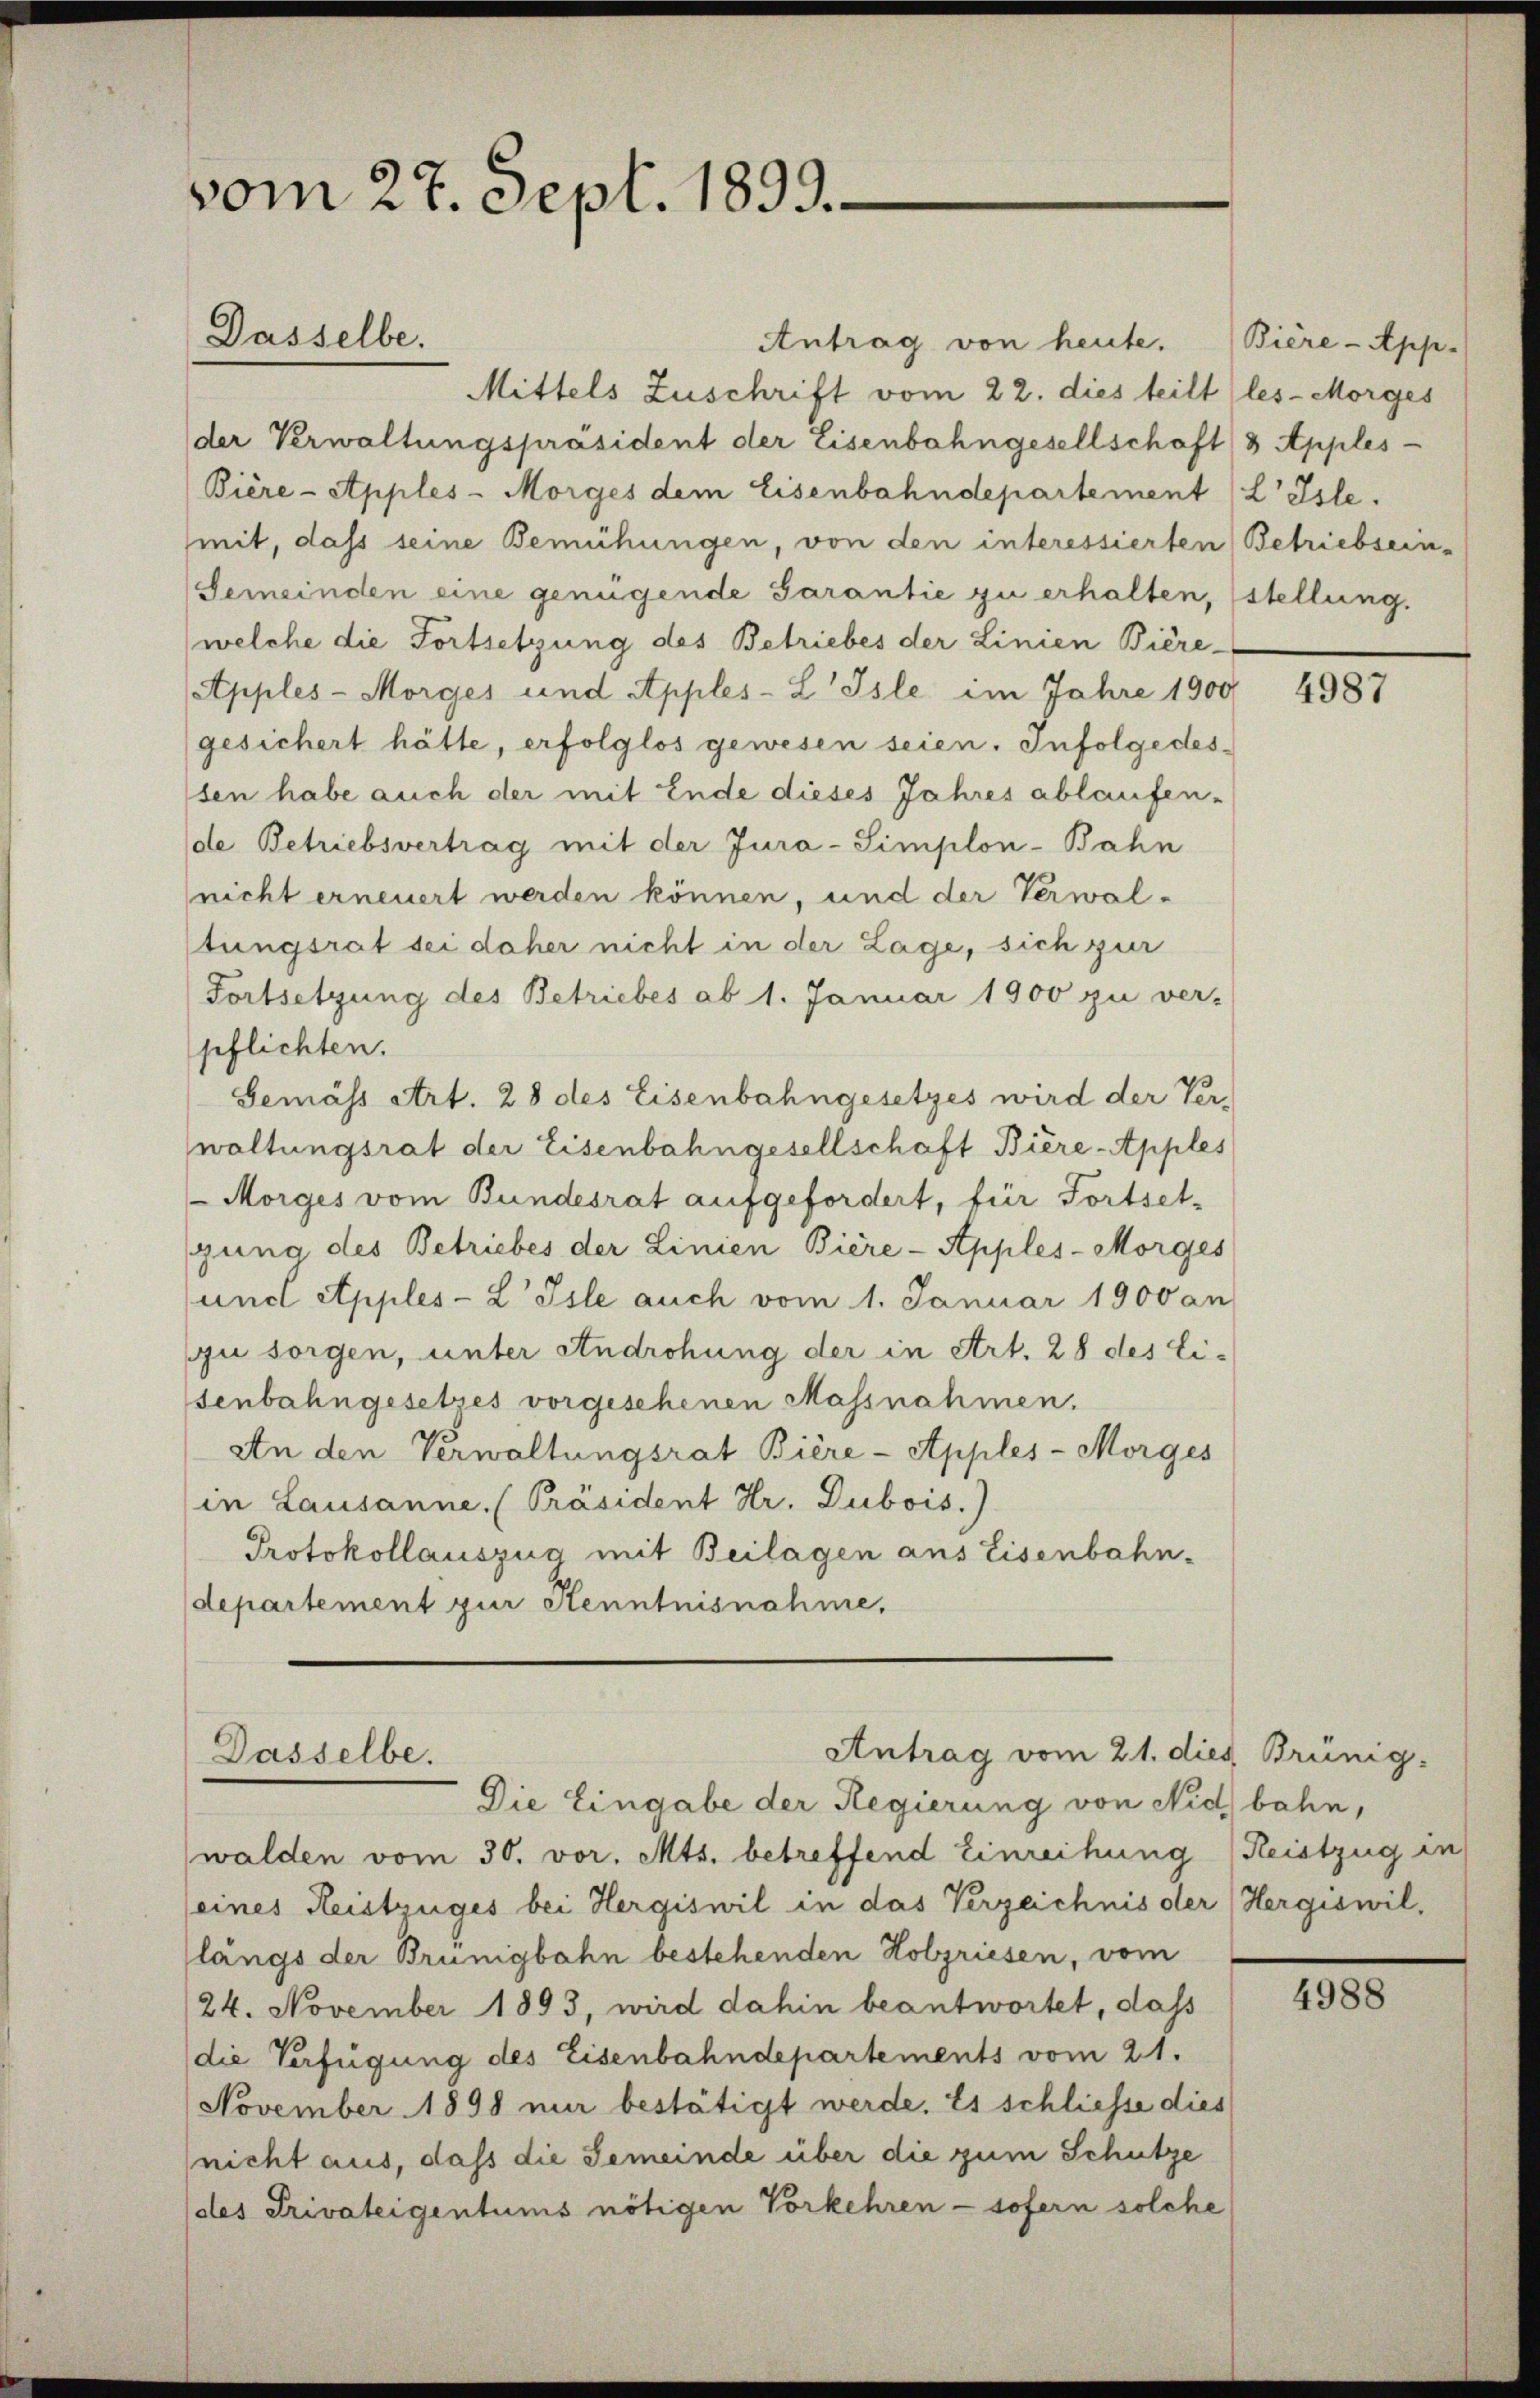
vom 27. Sept. 1893.
Dasselbe.

Antrag von heute.
Mittels Zuschrift vom 22. dies teilt (les-Morges
der Verwaltungspräsident der Eisenbahngesellschaft (3. Apples-
Bière-Apples-Morges dem Eisenbahndepartement (L Isle.
mit, dass seine Bemühungen, von den interessierten Betriebsein-
Gemeinden eine genügende Garantie zu erhalten, stellung.
(welche die Fortsetzung des Betriebes der Linien Bière-
Apples-Morges und Apples-L Isle im Jahre 1900
gesichert hätte, erfolglos gewesen seien. Infolgedessen habe auch der mit Ende dieses Jahres ablaufen-
de Betriebsvertrag mit der Jura-Simplon-Bahn
(nicht erneuert werden können, und der Verwal-
tungsrat sei daher nicht in der Lage, sich zur
Fortsetzung des Betriebes ab 1. Januar 1900 zu ver-
pflichten.
Gemäss Art. 28 des Eisenbahngesetzes wird der Ver-
waltungsrat der Eisenbahngesellschaft Bière-Apples
Morges vom Bundesrat aufgefordert, für Fortsetgung des Betriebes der Linien Biere-Apples-Morges
und Apples-L Isle auch vom 1. Januar 1900 an
ju sorgen, unter Androhung der in Art. 28 des Eisenbahngesetzes vorgesehenen Massnahmen.
An den Verwaltungsrat Bière-Apples-Morges
in Lausanne. (Präsident Hr. Dubois.)
Protokollauszug mit Beilagen aus Eisenbahn-
departement zur Kenntnisnahme,

Antrag vom 21. dies Brünig.
Dasselbe.

Die Eingabe der Regierung von Nid) bahn,
walden vom 30. vor. Mts. betreffend Einreihung Reistzug in
(eines Reistzüges bei Hergiswil in das Verzeichnis der (Hergiswil,
längs der Brünigbahn bestehenden Holzriesen, vom
24. November 1893, wird dahin beantwortet, dass
die Verfügung des Eisenbahndepartements vom 21.
November 1898 nur bestätigt werde. Es schliesse dies
(nicht aus, daß die Gemeinde über die zum Schutze
des Privateigentums nötigen Vorkehren - sofern solche

Bière-App.

4987

4988